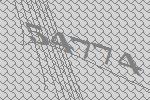
54774